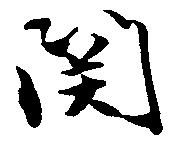
関